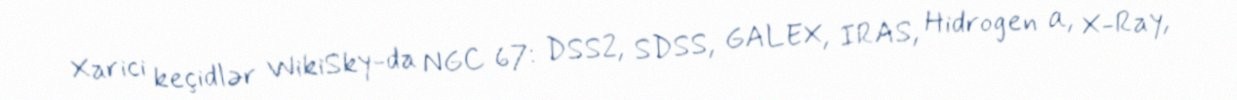
Xarici keçidlər WikiSky-da NGC 67: DSS2, SDSS, GALEX, IRAS, Hidrogen α, X-Ray,